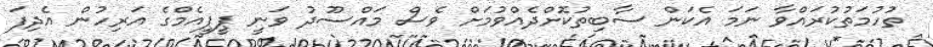
ތުހުމަތުކުރައްވާ ނަމަ އެކަން ސާބިތުކޮށްދެއްވުމަށް ވެސް މައްސޫދު ވަނީ ޕީޕީއެމްގެ އަރިހުން އެދިފަ